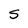
Character: S